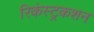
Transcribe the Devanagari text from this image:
रिकंस्ट्रकशन